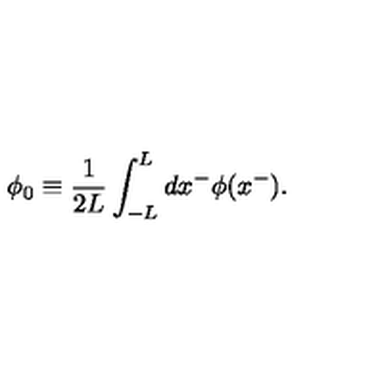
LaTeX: \phi _ { 0 } \equiv \frac { 1 } { 2 L } \int _ { - L } ^ { L } d x ^ { - } \phi ( x ^ { - } ) .